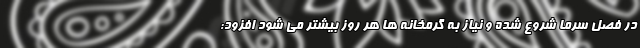
در فصل سرما شروع شده و نیاز به گرمخانه ها هر روز بیشتر می شود افزود: